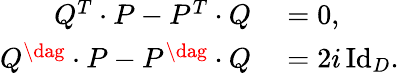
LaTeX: \begin{array}{rl}{Q^{T}\cdot P-P^{T}\cdot Q}&{{}=0,}\\ {Q^{\dag}\cdot P-P^{\dag}\cdot Q}&{{}=2i\operatorname{Id}_{D}.}\end{array}